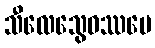
သီလေသွေဝဿပေ